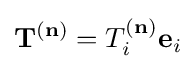
\mathbf {T} ^{(\mathbf {n} )}=T_{i}^{(\mathbf {n} )}\mathbf {e} _{i}